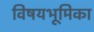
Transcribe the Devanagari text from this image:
विषयभूमिका